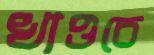
খাওচে